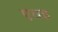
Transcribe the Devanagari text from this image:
एतइ